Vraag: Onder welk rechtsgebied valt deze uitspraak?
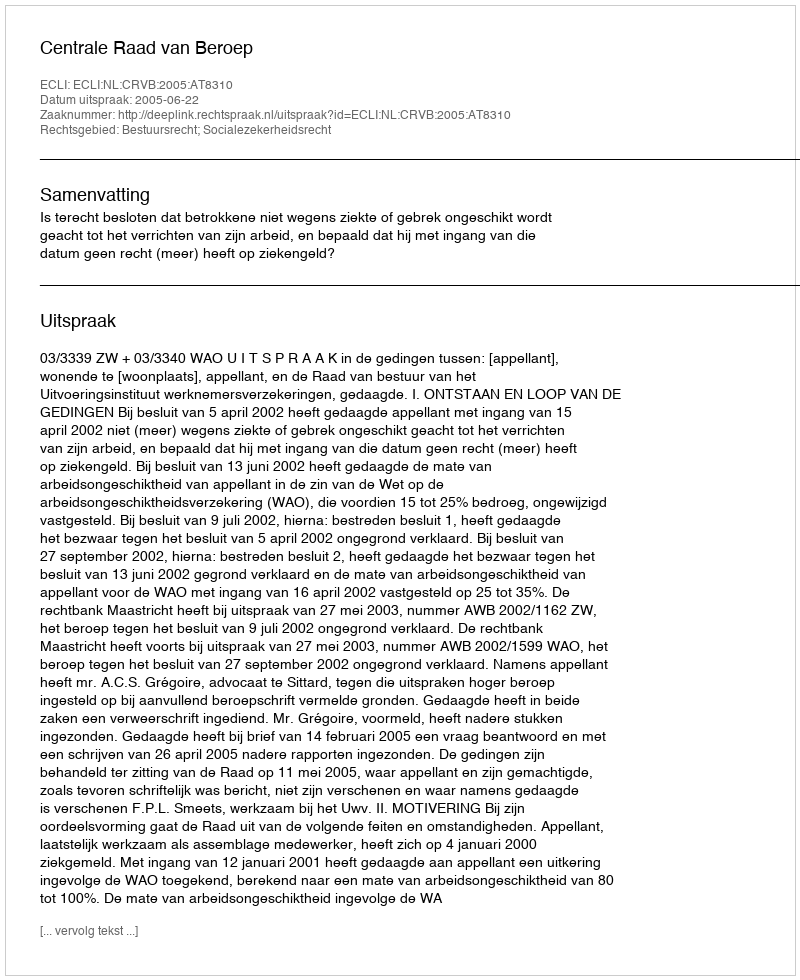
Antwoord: Bestuursrecht; Socialezekerheidsrecht